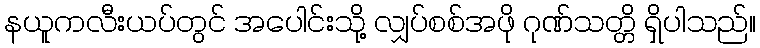
နယူကလီးယပ်တွင် အပေါင်းသို့ လျှပ်စစ်အဖို ဂုဏ်သတ္တိ ရှိပါသည်။